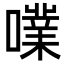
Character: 𡁖